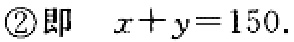
\textcircled{2}即 \(x + y = 150\).